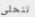
تتحلى